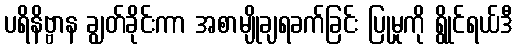
ပရိနိဗ္ဗာန ချွတ်ခိုင်းကာ အစာမျိုချရခက်ခြင်း ပြုမှုကို ရွိုင်ရယ်ဒီ